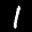
Label: 1